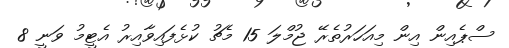
ސްޕެއިން އިން މިއަހަރުތެރޭ ޖުމްލަ 15 މެޗު ކުޅެފައިވާއިރު އެޓީމު ވަނީ 8